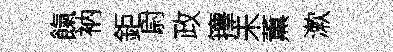
餼衲鉅尉政籜未薫漱